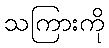
သကြားကို